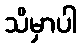
သိမှာပါ